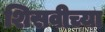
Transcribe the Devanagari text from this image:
शिसवीच्या